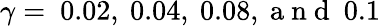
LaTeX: \gamma=~0.02,~0.04,~0.08,\mathrm{~a~n~d~}~0.1